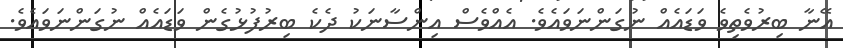
އޭނާ ބިރުވެތިވެ ވަޑައެއް ނުގަންނަވައެވެ. އެއްވެސް އިންސާނަކު ދެކެ ބިރުފުޅުގެން ވަޑައެއް ނުގަންނަވައެވެ.